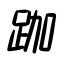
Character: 跏